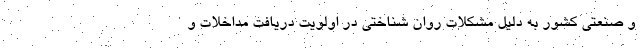
و صنعتی کشور به دلیل مشکلات روان شناختی در اولویت دریافت مداخلات و